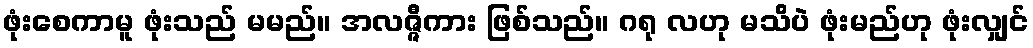
ဖုံးစေကာမူ ဖုံးသည် မမည်။ အလဇ္ဇီကား ဖြစ်သည်။ ဂရု လဟု မသိပဲ ဖုံးမည်ဟု ဖုံးလျှင်